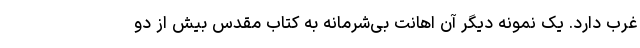
غرب دارد. یک نمونه دیگر آن اهانت بی‌شرمانه به کتاب مقدس بیش از دو